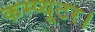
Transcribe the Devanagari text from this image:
कम्प्यूटर।